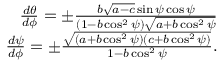
\begin{array} { r l r } & { } & { \frac { d \theta } { d \phi } = \pm \frac { b \sqrt { a - c } \sin \psi \cos \psi } { ( 1 - b \cos ^ { 2 } \psi ) \sqrt { a + b \cos ^ { 2 } \psi } } } \\ & { } & { \frac { d \psi } { d \phi } = \pm \frac { \sqrt { ( a + b \cos ^ { 2 } \psi ) ( c + b \cos ^ { 2 } \psi ) } } { 1 - b \cos ^ { 2 } \psi } . } \end{array}